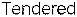
TENDERED